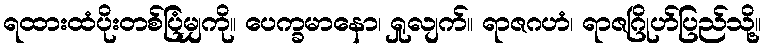
ရထားထံပိုးတစ်ပြံမျှကို။ ပေက္ခမာနော၊ ရှုလျက်။ ရာဇဂဟံ၊ ရာဇဂြိုဟ်ပြည်သို့။